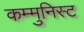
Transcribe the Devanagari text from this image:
कम्मुनिस्ट